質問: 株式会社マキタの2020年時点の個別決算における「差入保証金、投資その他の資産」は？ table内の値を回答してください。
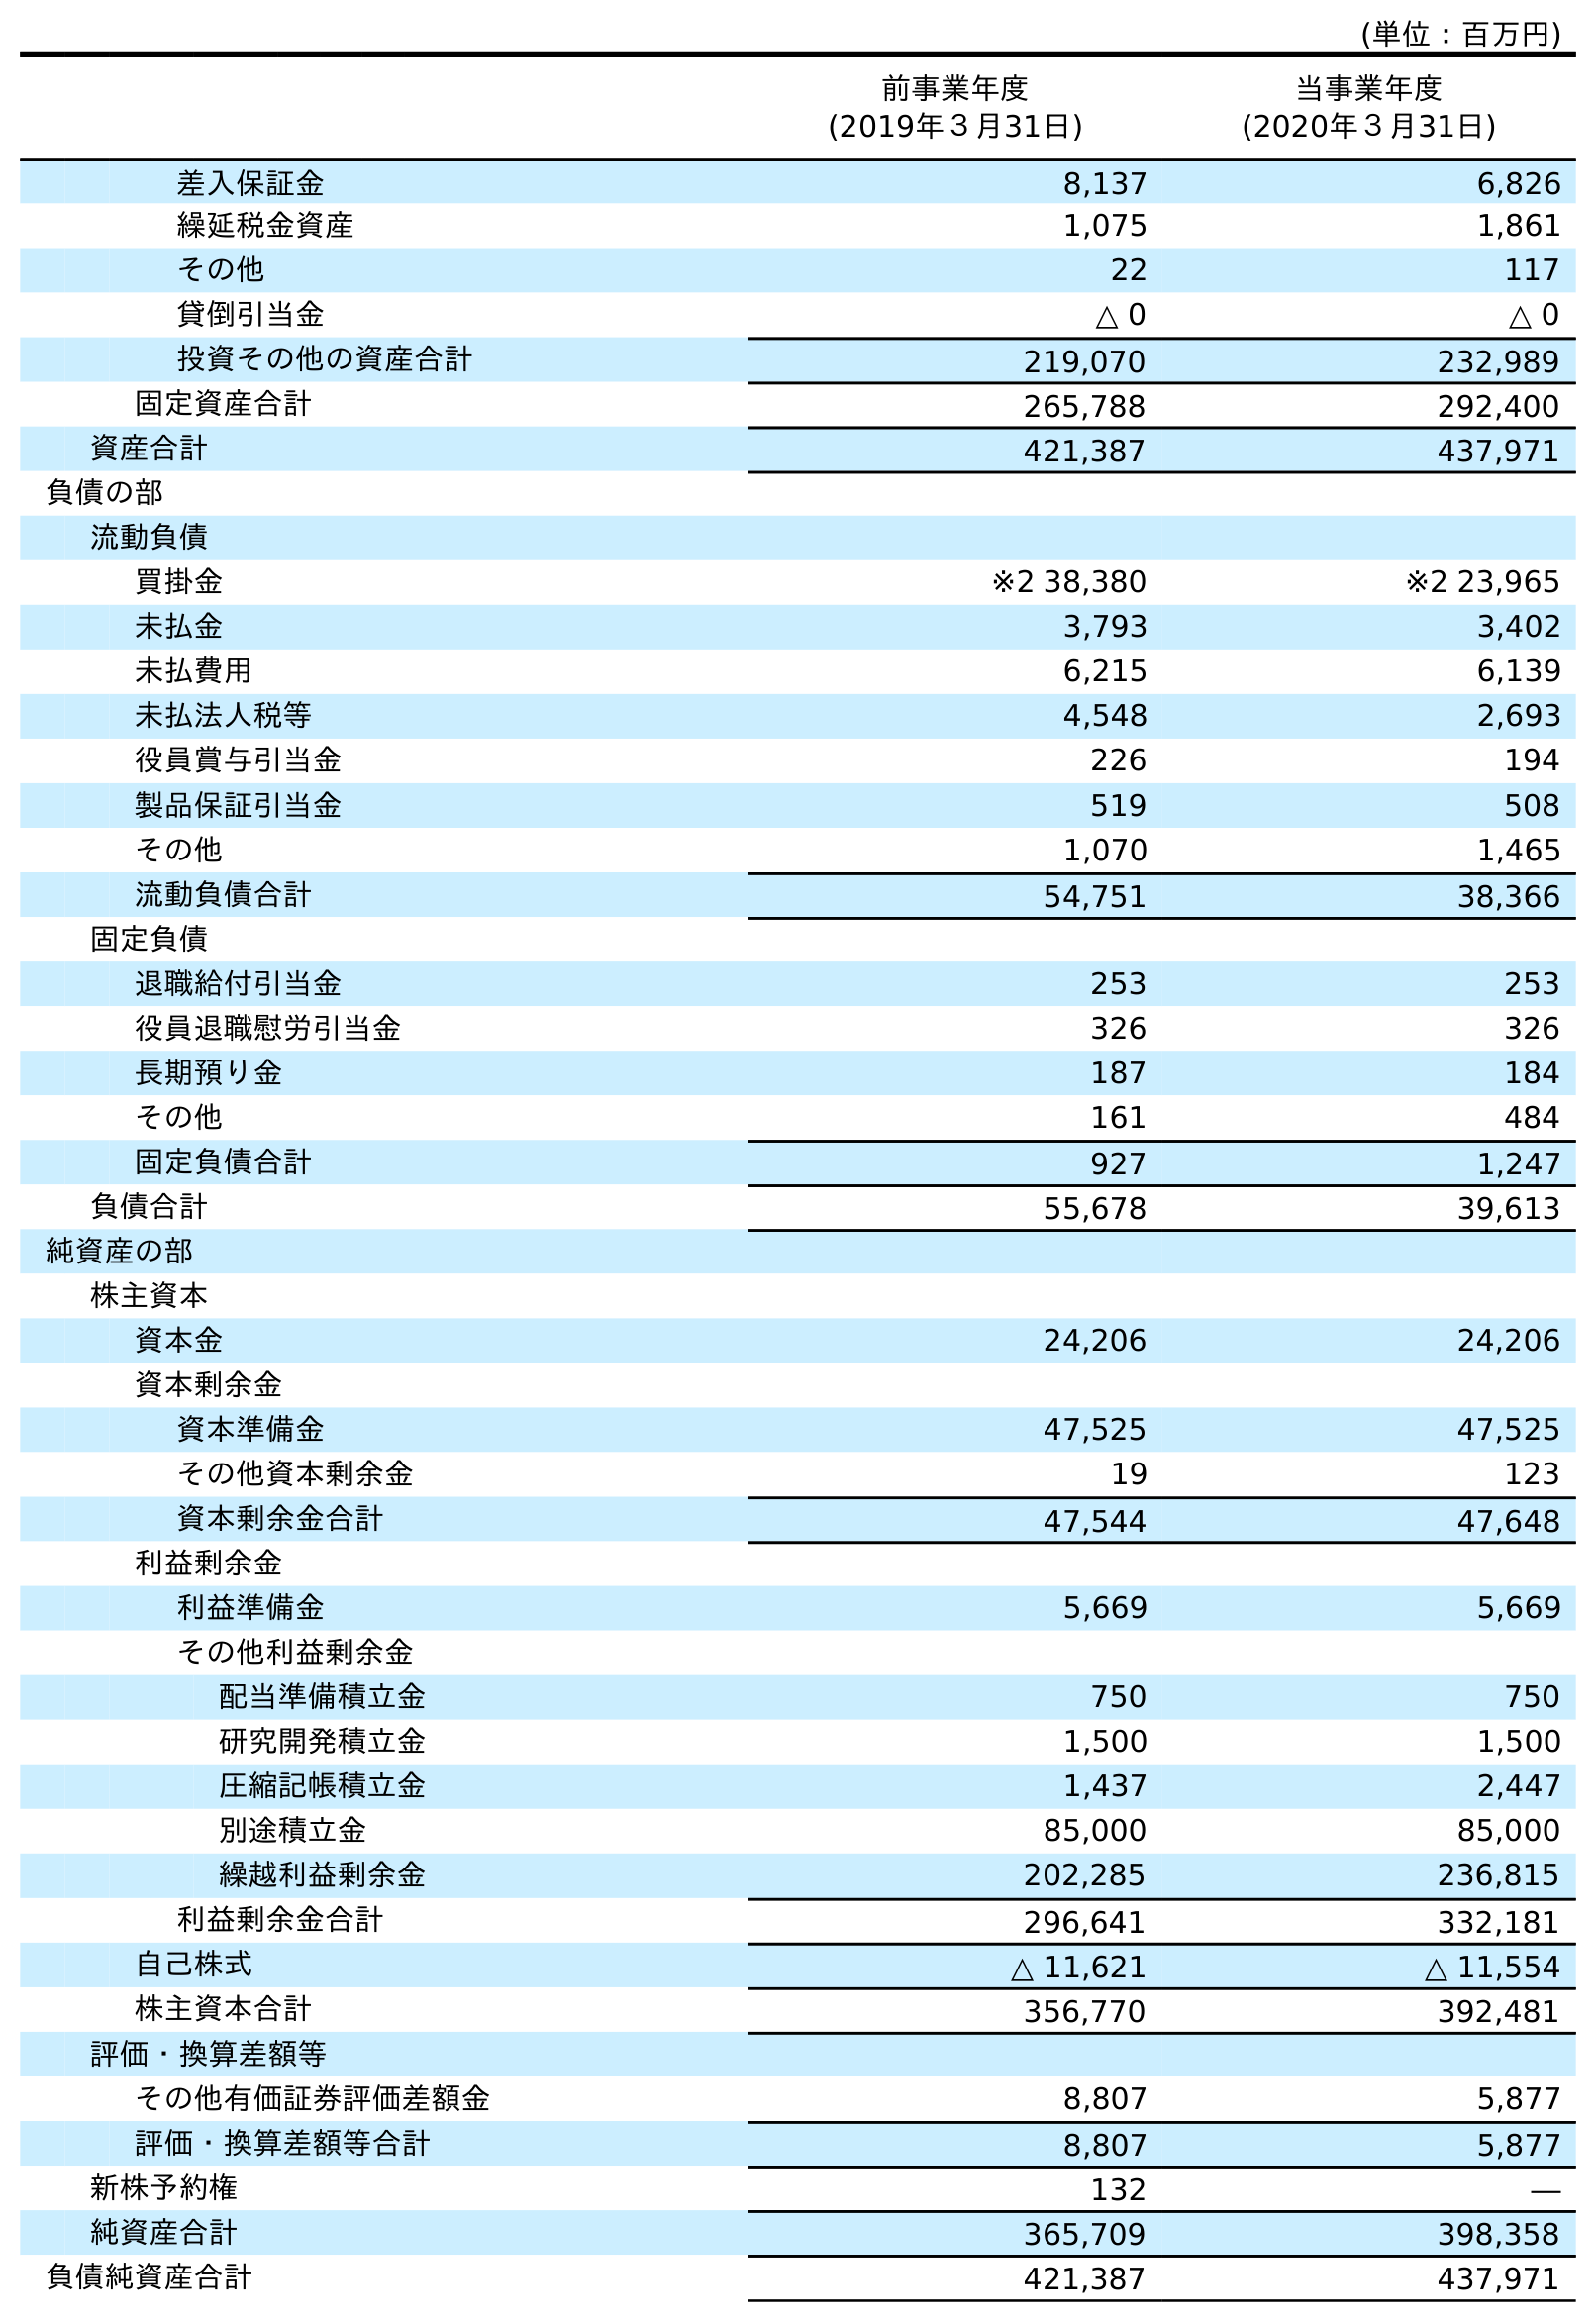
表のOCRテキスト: (単位：百万円) 前事業年度 (2019年３月31日) 当事業年度 (2020年３月31日) 差入保証金 8,137 6,826 繰延税金資産 1,075 1,861 その他 22 117 貸倒引当金 △ 0 △ 0 投資その他の資産合計 219,070 232,989 固定資産合計 265,788 292,400 資産合計 421,387 437,971 負債の部 流動負債 買掛金 ※2 38,380 ※2 23,965 未払金 3,793 3,402 未払費用 6,215 6,139 未払法人税等 4,548 2,693 役員賞与引当金 226 194 製品保証引当金 519 508 その他 1,070 1,465 流動負債合計 54,751 38,366 固定負債 退職給付引当金 253 253 役員退職慰労引当金 326 326 長期預り金 187 184 その他 161 484 固定負債合計 927 1,247 負債合計 55,678 39,613 純資産の部 株主資本 資本金 24,206 24,206 資本剰余金 資本準備金 47,525 47,525 その他資本剰余金 19 123 資本剰余金合計 47,544 47,648 利益剰余金 利益準備金 5,669 5,669 その他利益剰余金 配当準備積立金 750 750 研究開発積立金 1,500 1,500 圧縮記帳積立金 1,437 2,447 別途積立金 85,000 85,000 繰越利益剰余金 202,285 236,815 利益剰余金合計 296,641 332,181 自己株式 △ 11,621 △ 11,554 株主資本合計 356,770 392,481 評価・換算差額等 その他有価証券評価差額金 8,807 5,877 評価・換算差額等合計 8,807 5,877 新株予約権 132 ― 純資産合計 365,709 398,358 負債純資産合計 421,387 437,971
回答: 6,826